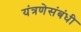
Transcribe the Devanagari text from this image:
यंत्रणेसंबंधी